Indian journal of veterinary science and animal husbandry - Volumes 15-17, 1948-1951
Year: 1948
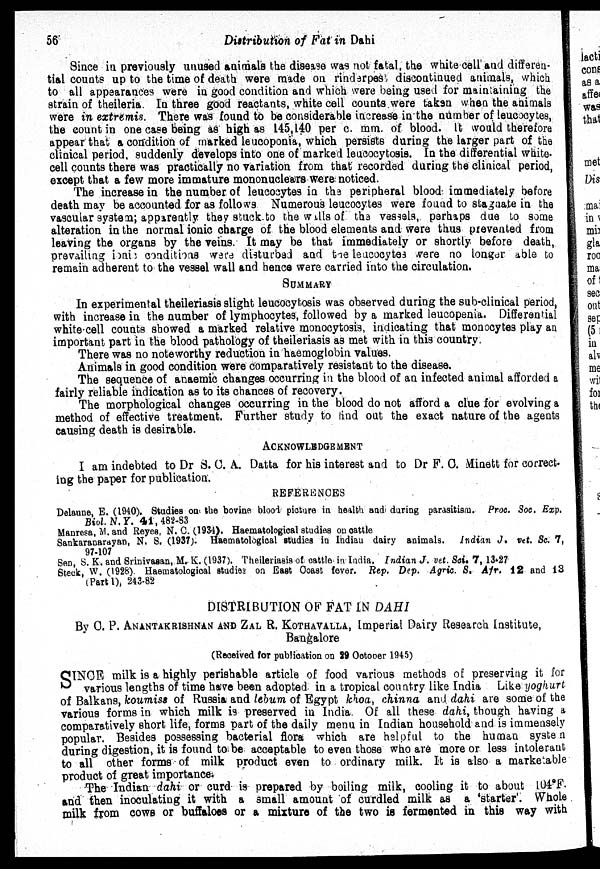
56
Distribution of Fat in Dahi
Since in previously unused animals the disease was not fatal, the white cell and differen-
tial counts up to the time of death were made on rinderpest discontinued animals, which
to all appearances were in good condition and which were being used for maintaining the
strain of theileria. In three good reactants, white cell counts were taken when the animals
were in extremis. There was found to be considerable increase in the number of leucocytes,
the count in one case being as high as 145,140 per c. mm. of blood. It would therefore
appear that a condition of marked leucoponia, which persists during the larger part of the
clinical period, suddenly develops into one of marked leucocytosis. In the differential white-
cell counts there was practically no variation from that recorded during the clinical period,
except that a few more immature mononuclears were noticed.
The increase in the number of leucocytes in the peripheral blood immediately before
death may be accounted for as follows. Numerous leucocytes were found to stagnate in the
vascular system; apparently they stuck to the walls of the vessels, perhaps due to some
alteration in the normal ionic charge of the blood elements and were thus prevented from
leaving the organs by the veins. It may be that immediately or shortly before death,
prevailing ionic conditions were disturbed and the leucocytes were no longer able to
remain adherent to the vessel wall and hence were carried into the circulation.
SUMMARY
In experimental theileriasis slight leucocytosis was observed during the sub-clinical period,
with increase in the number of lymphocytes, followed by a marked leucopenia. Differential
white cell counts showed a marked relative monocytosis, indicating that monocytes play an
important part in the blood pathology of theileriasis as met with in this country.
There was no noteworthy reduction in haemoglobin values.
Animals in good condition were comparatively resistant to the disease.
The sequence of anaemic changes occurring in the blood of an infected animal afforded a
fairly reliable indication as to its chances of recovery.
The morphological changes occurring in the blood do not afford a clue for evolving a
method of effective treatment. Further study to find out the exact nature of the agents
causing death is desirable.
ACKNOWLEDGEMENT
I am indebted to Dr S. C. A. Datta for his interest and to Dr F. C. Minett for correct-
ing the paper for publication.
REFERENCES
Delaune, E. (1940). Studies on the bovine blood picture in health and during parasitism. Proc. Soc. Exp.
Biol. N. Y. 41, 482-83
Manresa, M. and Reyes, N. C. (1934). Haematological studies on cattle
Sankaranarayan, N. S. (1937). Haematological studies in Indian dairy animals. Indian J. vet. Sc. 7,
97-107
Sen, S. K. and Srinivasan, M. K. (1937). Theileriasis of cattle in India. Indian J. vet. Sci. 7, 13-27
Steck, W. (1926). Haematologioal studies on East Coast fever. Rep. Dep. Agric. S. Afr. 12 and 13
(Part 1), 243-82
DISTRIBUTION OF FAT IN DAHI
By C. P. ANANTAKRISHNAN AND ZAL R. KOTHAVALLA, imperial Dairy Research Institute,
Bangalore
(Received for publication on 29 October 1945)
SINCE milk is a highly perishable article of food various methods of preserving it for
various lengths of time have been adopted in a tropical country like India Like yoghurt
of Balkans, koumiss of Russia and lebum of Egypt khoa, chinna and dahi are some of the
various forms in which milk is preserved in India. Of all these dahi, though having a
comparatively short life, forms part of the daily menu in Indian household and is immensely
popular. Besides possessing bacterial flora which are helpful to the human system
during digestion, it is found to be acceptable to even those who are more or less intolerant
to all other forms of milk product even to ordinary milk. It is also a marketable
product of great importance.
The Indian dahi or curd is prepared by boiling milk, cooling it to about 104°F.
and then inoculating it with a small amount of curdled milk as a 'starter'. Whole
milk from cows or buffaloes or a mixture of the two is fermented in this way with